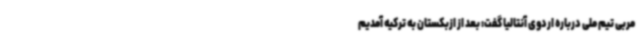
مربی تیم ملی درباره اردوی آنتالیا گفت: بعد از ازبکستان به ترکیه آمدیم